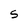
Character: s